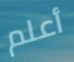
أعلم